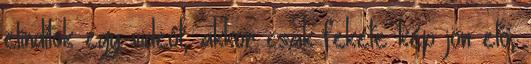
elindítok egy videót, akkor csak fekete kép jön elő,